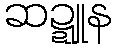
ဆဍ္ဍူန